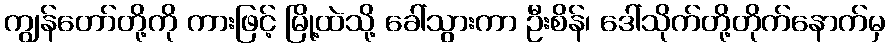
ကျွန်တော်တို့ကို ကားဖြင့် မြို့ထဲသို့ ခေါ်သွားကာ ဦးစိန်၊ ဒေါ်သိုက်တို့တိုက်နောက်မှ